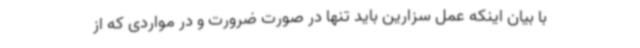
با بیان اینکه عمل سزارین باید تنها در صورت ضرورت و در مواردی که از